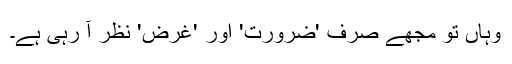
وہاں تو مجھے صرف 'ضرورت' اور 'غرض' نظر آ رہی ہے۔